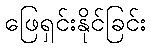
ဖြေရှင်းနိုင်ခြင်း